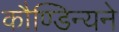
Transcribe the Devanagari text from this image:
कौण्डिन्यने